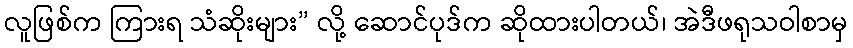
လူဖြစ်က ကြားရ သံဆိုးများ” လို့ ဆောင်ပုဒ်က ဆိုထားပါတယ်၊ အဲဒီဖရုသဝါစာမှ